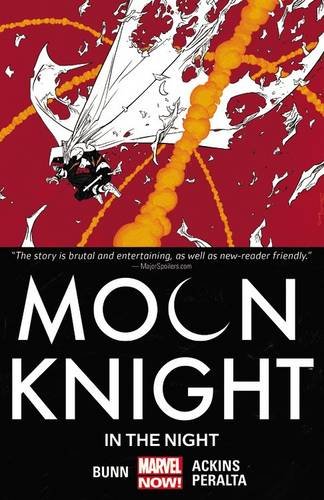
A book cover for Moon Knight Vol. 3: In the Night; Cullen Bunn; Comics & Graphic Novels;